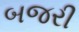
બજરી